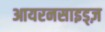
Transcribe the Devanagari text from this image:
आयरनसाइड्ज़